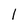
Character: 1